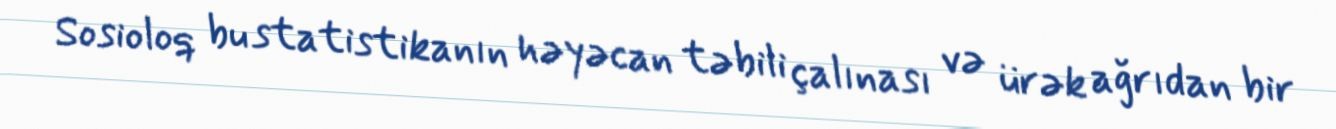
Sosioloq bu statistikanın həyəcan təbili çalınası və ürək ağrıdan bir